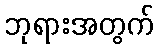
ဘုရားအတွက်